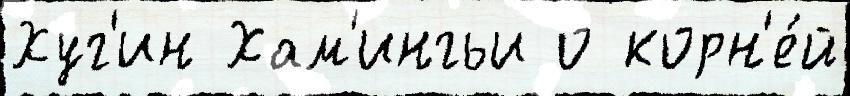
Хуг'ин Хам'ингьи о корн'е́й